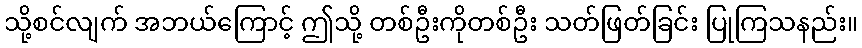
သို့စင်လျက် အဘယ်ကြောင့် ဤသို့ တစ်ဦးကိုတစ်ဦး သတ်ဖြတ်ခြင်း ပြုကြသနည်း။